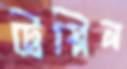
ট্রিপ্পিন